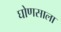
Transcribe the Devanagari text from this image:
घोणसाला